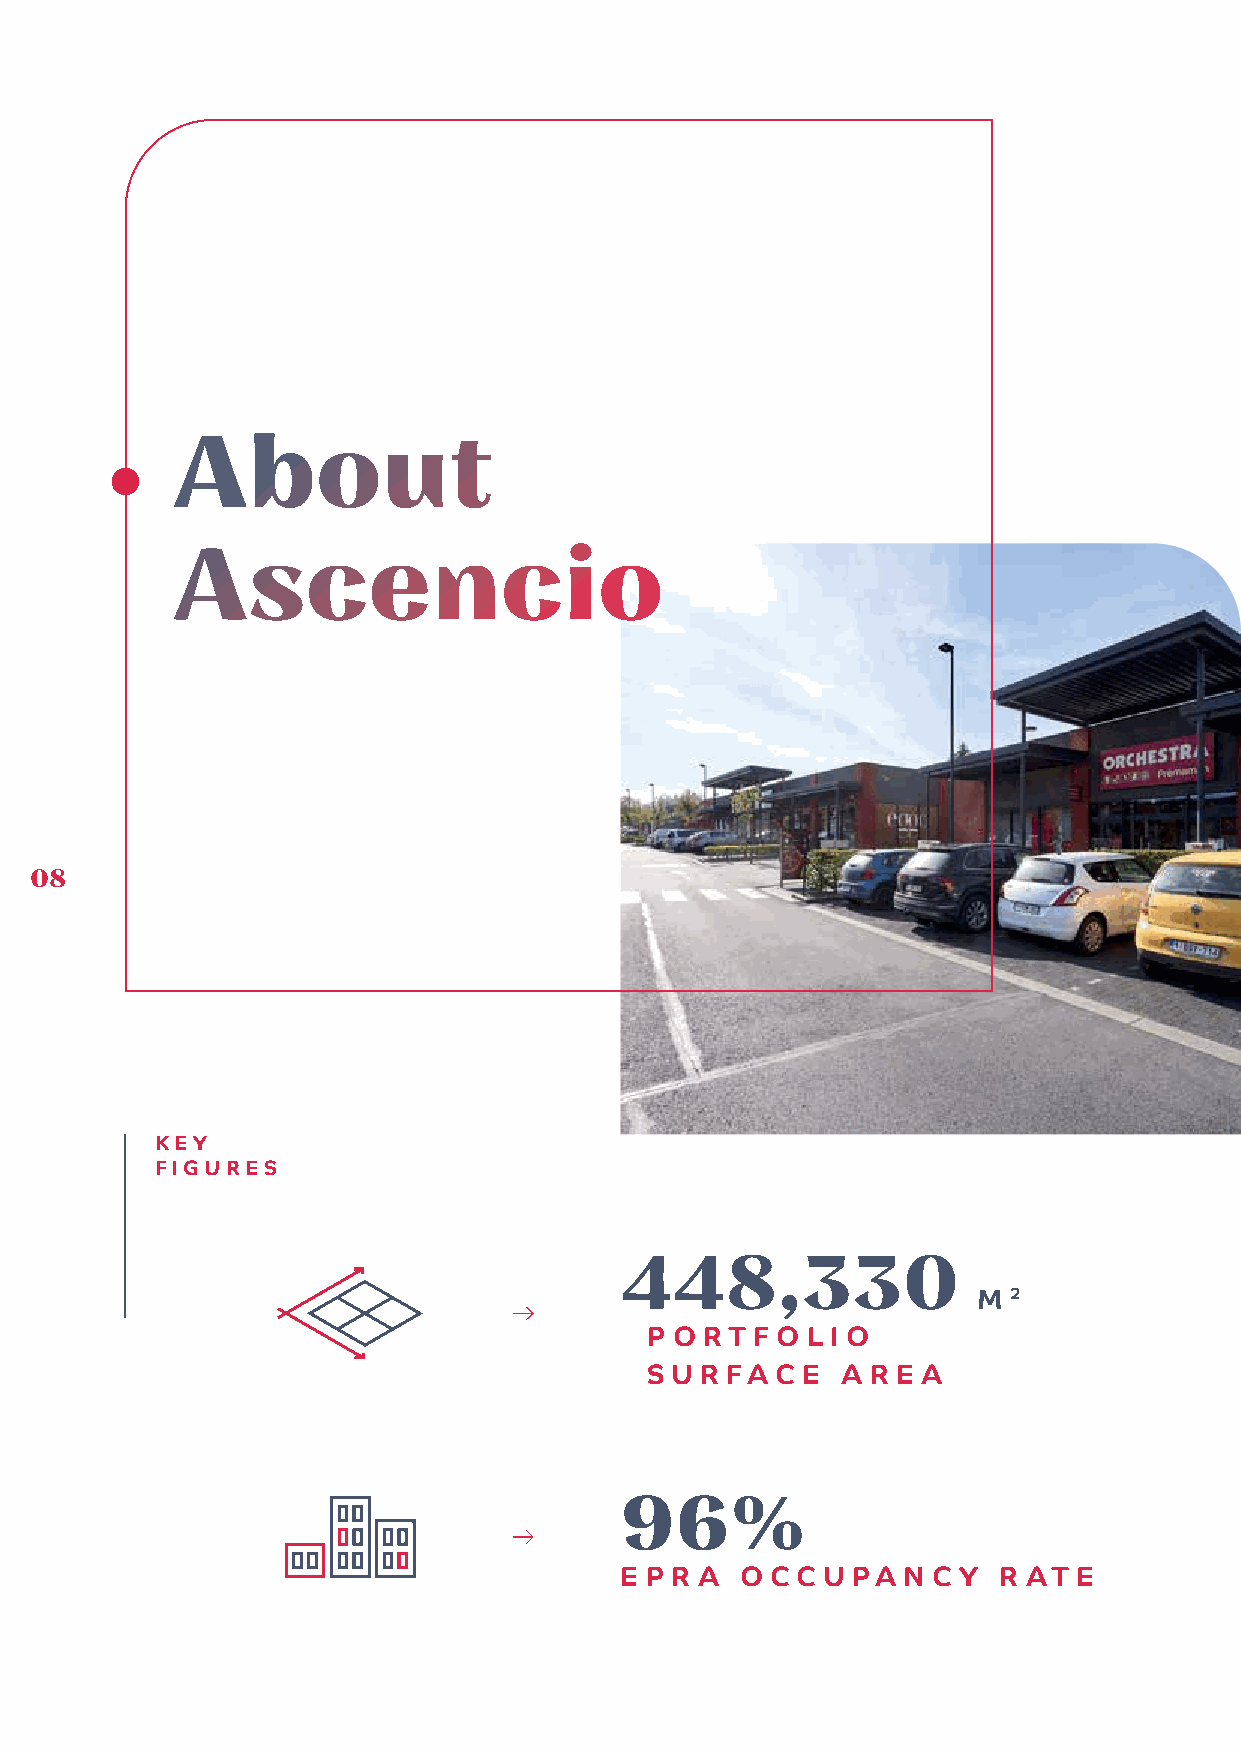
About
 Ascencio
 08
 KEY
 FIGURES
 448,330
 M 2
 P O R T F O L I O
 S U R FA C E A R E A
 96%
 E P R A O CC U PA  N C Y R AT E